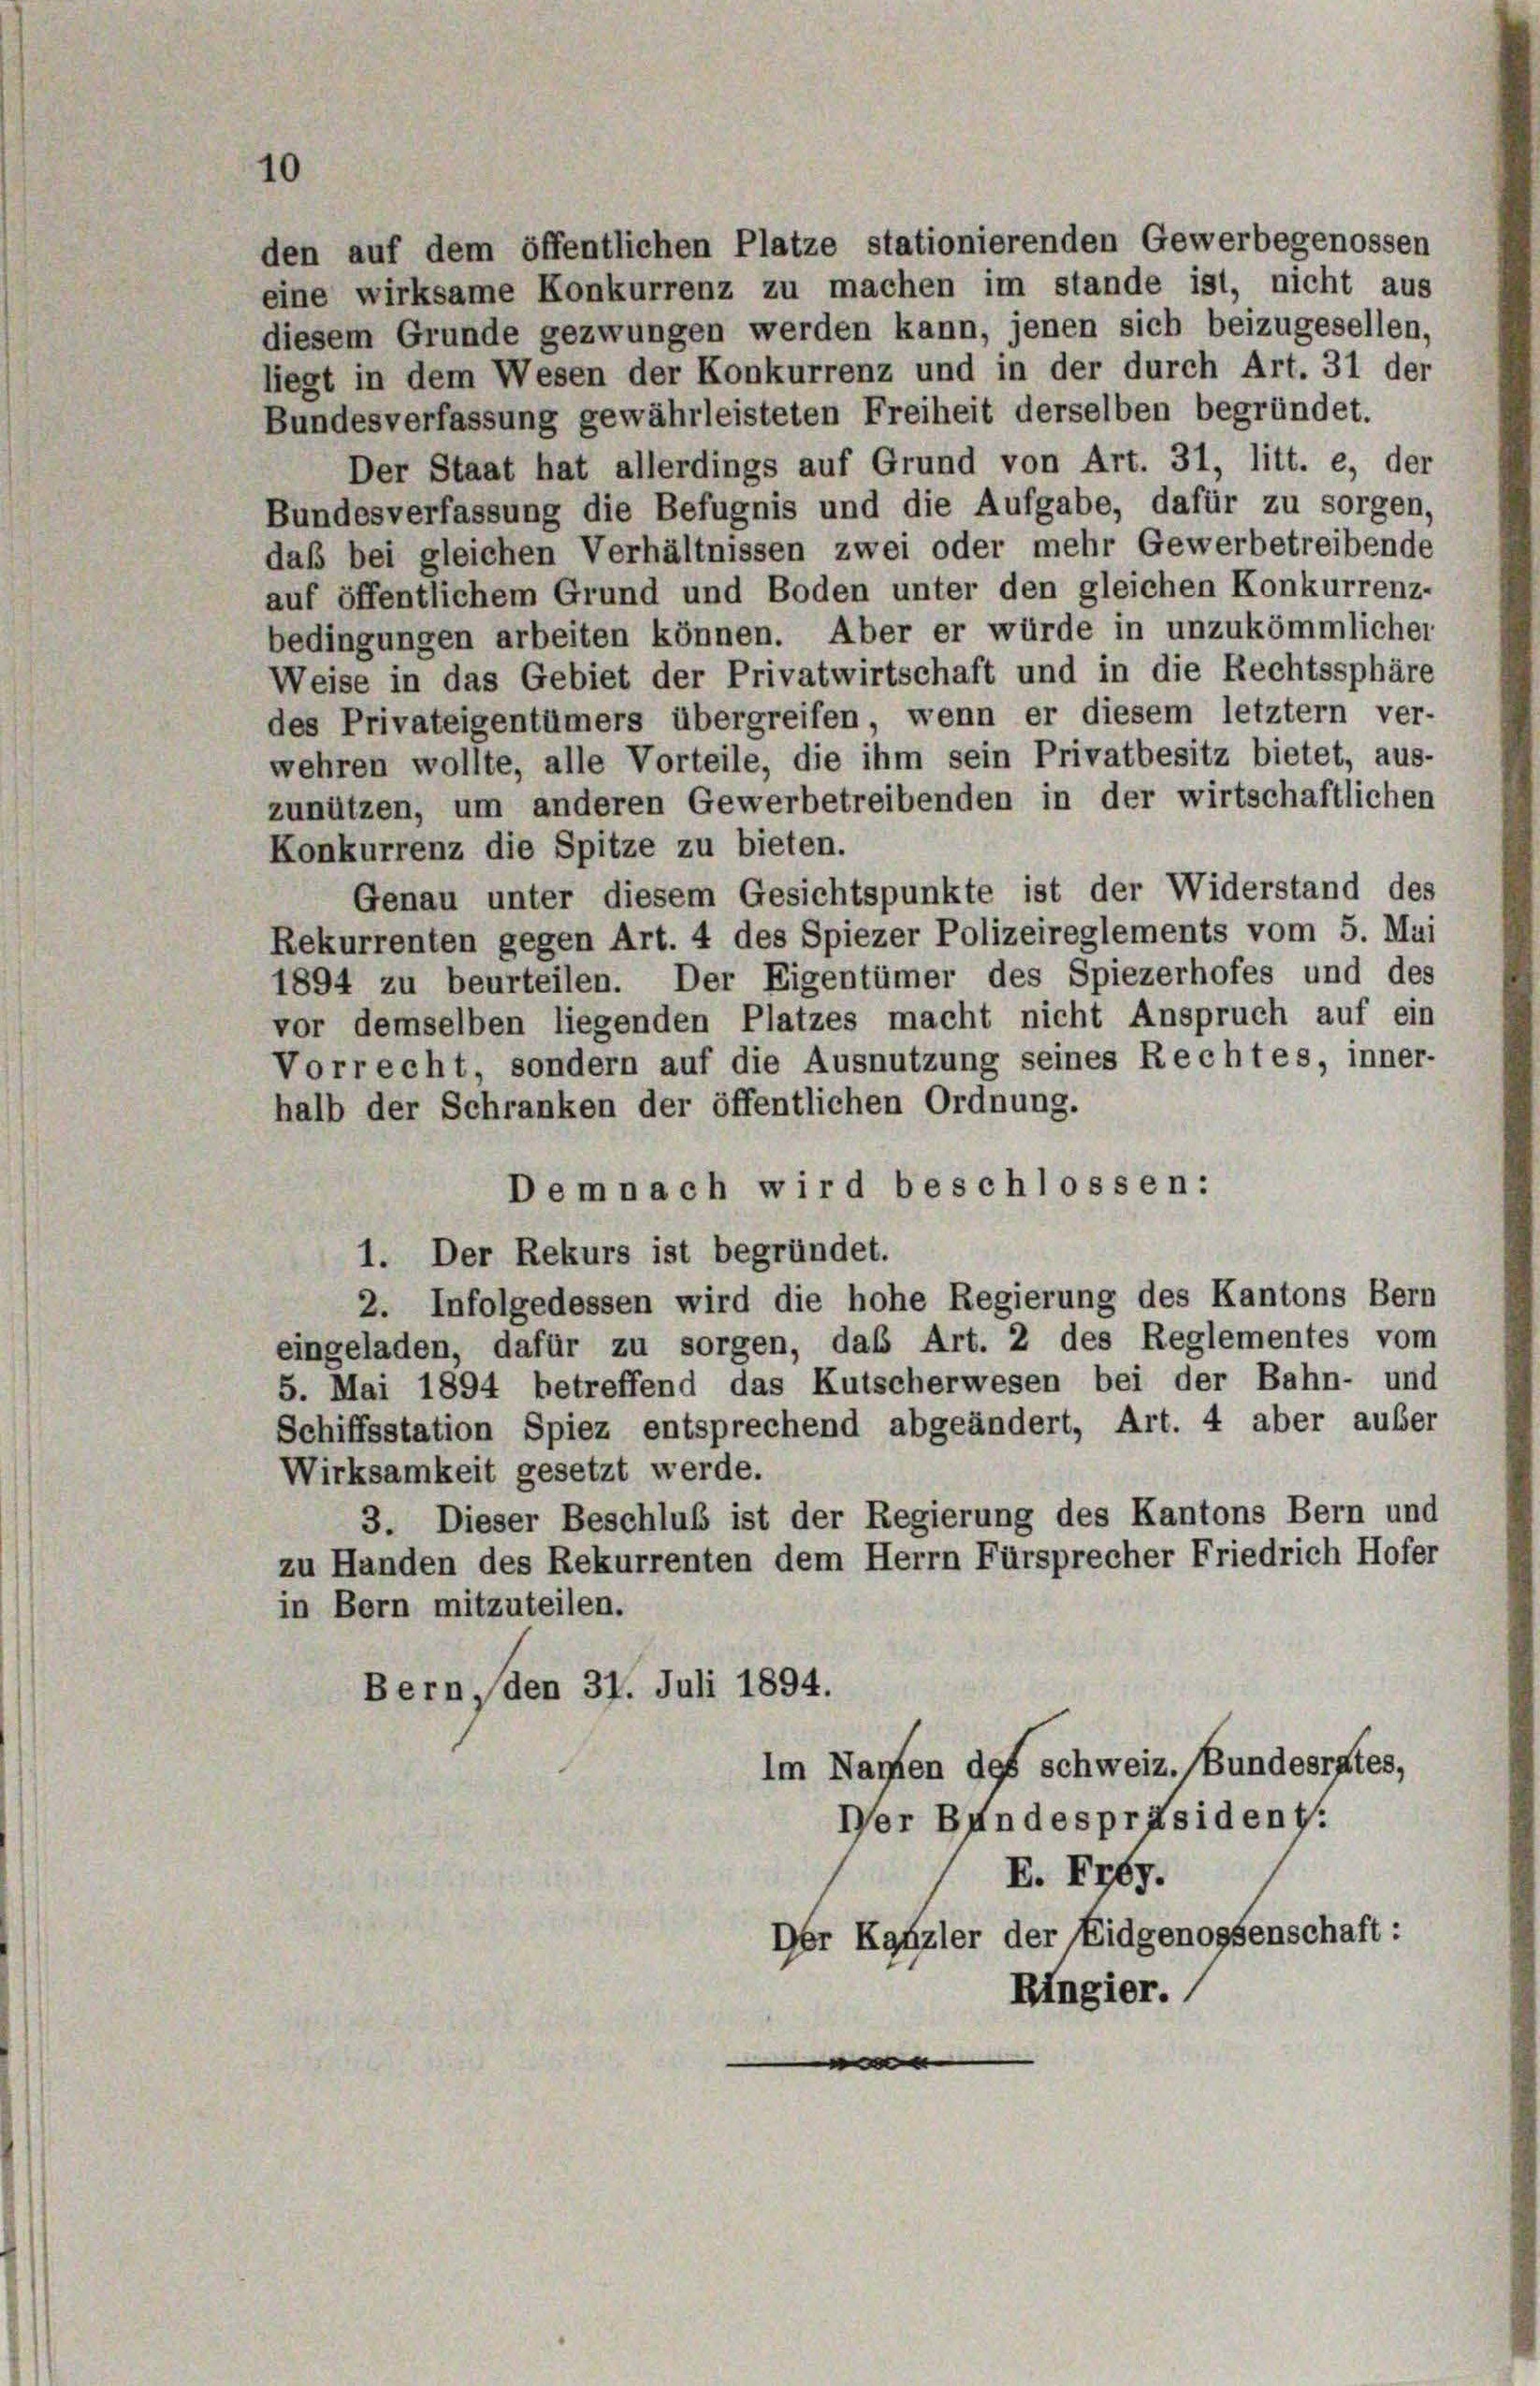
10

den auf dem öffentlichen Platze stationierenden Gewerbegenossen
eine wirksame Konkurrenz zu machen im stande ist, nicht aus
diesem Grunde gezwungen werden kann, jenen sich beizugesellen,
liegt in dem Wesen der Konkurrenz und in der durch Art. 31 der
Bundesverfassung gewährleisteten Freiheit derselben begründet.
Der Staat hat allerdings auf Grund von Art. 31, litt. e, der
Bundesverfassung die Befugnis und die Aufgabe, dafür zu sorgen,
daß bei gleichen Verhältnissen zwei oder mehr Gewerbetreibende
auf öffentlichem Grund und Boden unter den gleichen Konkurrenz-
bedingungen arbeiten können. Aber er würde in unzukömmlicher
Weise in das Gebiet der Privatwirtschaft und in die Rechtssphäre
des Privateigentümers übergreifen, wenn er diesem letztem ver-
wehren wollte, alle Vorteile, die ihm sein Privatbesitz bietet, aus-
zunützen, um anderen Gewerbetreibenden in der wirtschaftlichen
Konkurrenz die Spitze zu bieten.
Genau unter diesem Gesichtspunkte ist der Widerstand des
Rekurrenten gegen Art. 4 des Spiezer Polizeireglements vom 5. Mai
1894 zu beurteilen. Der Eigentümer des Spiezerhofes und des
vor demselben liegenden Platzes macht nicht Anspruch auf ein
Vorrecht, sondern auf die Ausnutzung seines Rechtes, inner-
halb der Schranken der öffentlichen Ordnung.
Demnach wird beschlossen:
1. Der Rekurs ist begründet.
2. Infolgedessen wird die hohe Regierung des Kantons Bern
eingeladen, dafür zu sorgen, das Art. 2 des Reglementes vom
5. Mai 1894 betreffend das Kutscherwesen bei der Bahn- und
Schiffsstation Spiez entsprechend abgeändert, Art. 4 aber außer
Wirksamkeit gesetzt werde.
3. Dieser Beschluß ist der Regierung des Kantons Bern und
zu Handen des Rekurrenten dem Herrn Fürsprecher Friedrich Hofer
in Bern mitzuteilen.
Bern, den 37. Juli 1894.
Im Namen des Schweiz. Bundesrates,
Der Bundespräsident:
E. Frey.
Der Kanzler der Eidgenossenschaft:
Ringier.
n